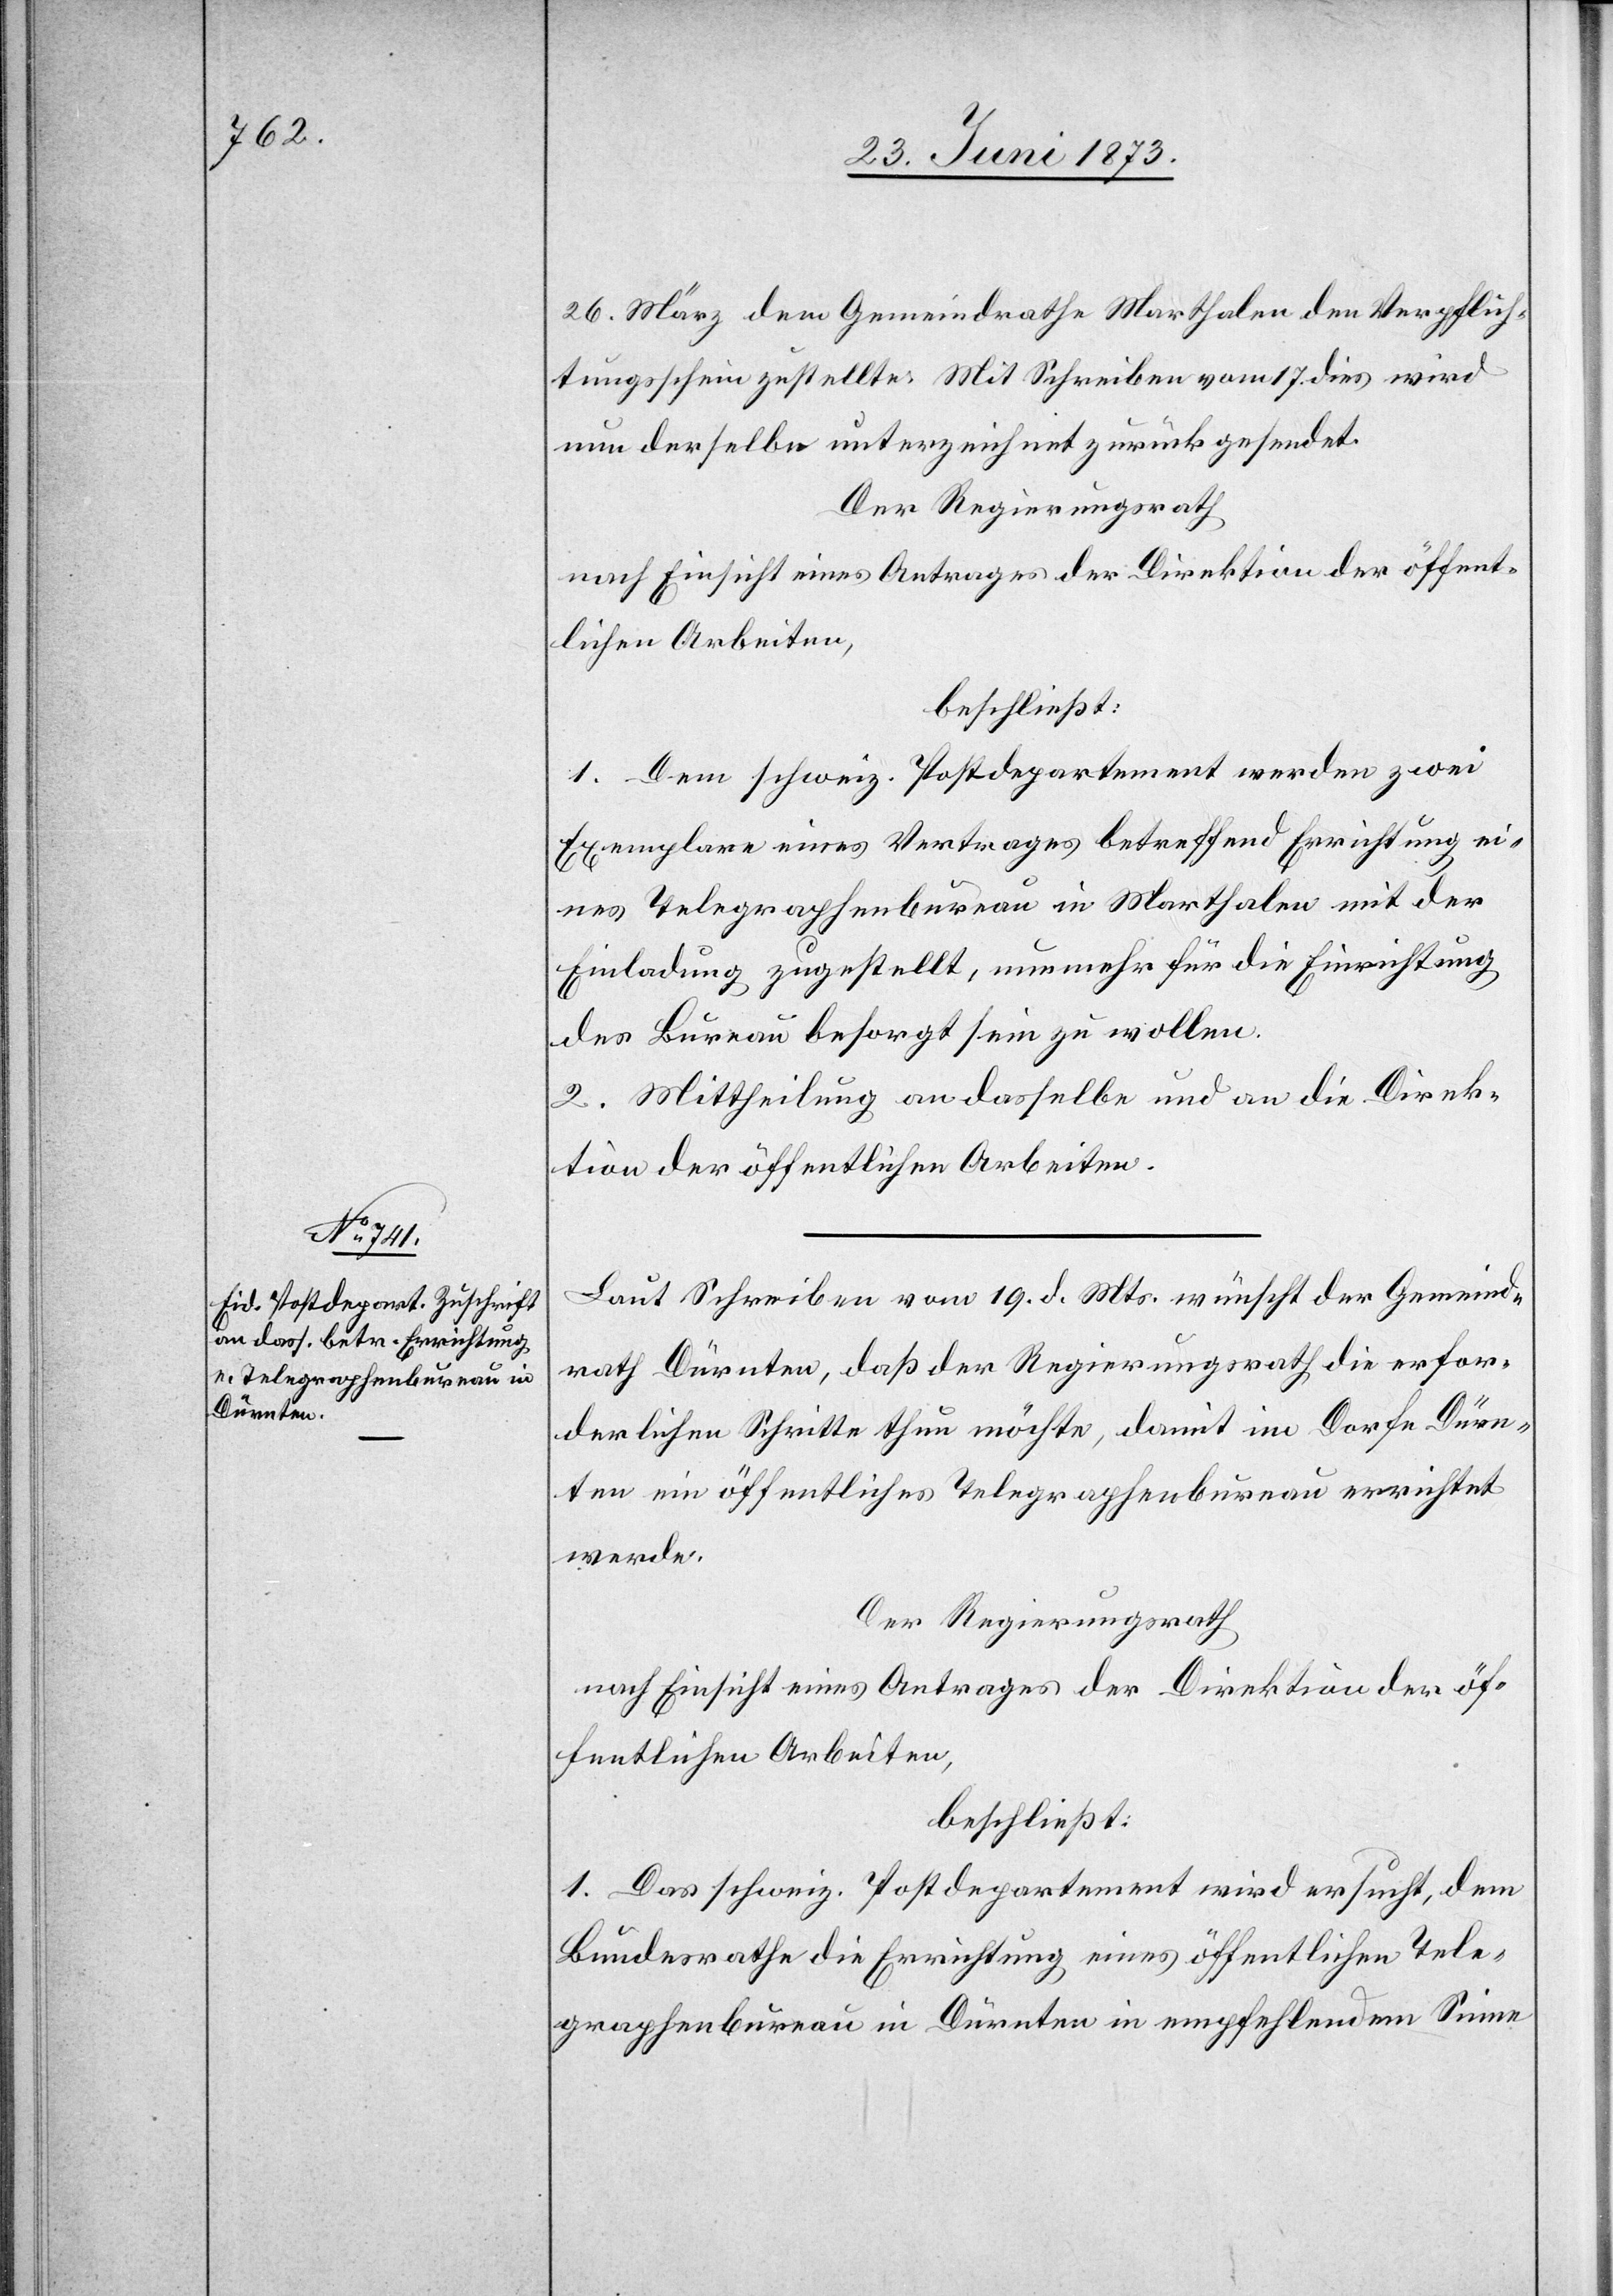
26. März dem Gemeindrathe Marthalen den Verpflich¬
tungsschein zustellte. Mit Schreiben vom 17. dies wird
nun derselbe unterzeichnet zurückgesendet.
Der Regierungsrath
nach Einsicht eines Antrages der Direktion der öffent¬
lichen Arbeiten,
beschließt:
1. Dem schweiz. Postdepartement werden zwei
Exemplare eines Vertrages betreffend Errichtung ei¬
nes Telegraphenbureau in Marthalen mit der
Einladung zugestellt, nunmehr für die Einrichtung
des Bureau besorgt sein zu wollen.
2. Mittheilung an dasselbe und an die Direk¬
tion der öffentlichen Arbeiten.
Laut Schreiben vom 19. d. Mts. wünscht der Gemeind¬
rath Dürnten, daß der Regierungsrath die erfor¬
derlichen Schritte thun möchte, damit im Dorfe Dürn¬
ten ein öffentliches Telegraphenbureau errichtet
werde.
Der Regierungsrath
nach Einsicht eines Antrages der Direktion der öf¬
fentlichen Arbeiten,
beschließt:
1. Das schweiz. Postdepartement wird ersucht, dem
Bundesrathe die Errichtung eines öffentlichen Tele¬
graphenbureau in Dürnten in empfehlendem Sinne